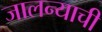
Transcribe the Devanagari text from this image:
जालन्याची